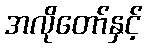
အလိုတော်နှင့်